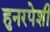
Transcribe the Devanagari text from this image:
हुनरपेशी